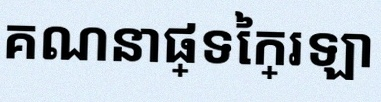
គណនាផ្ទៃក្រឡា